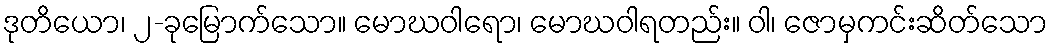
ဒုတိယော၊ ၂-ခုမြောက်သော။ မောဃဝါရော၊ မောဃဝါရတည်း။ ဝါ၊ ဇောမှကင်းဆိတ်သော